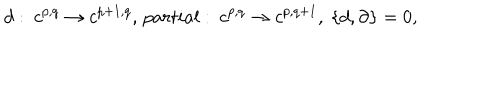
LaTeX: d : \ c ^ { p , q } \rightarrow c ^ { p + 1 , q } , \, p a r t i a l : \ c ^ { p , q } \rightarrow c ^ { p , q + 1 } , \ \{ d , \partial \} = 0 ,